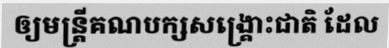
ឲ្យមន្ត្រីគណបក្សសង្គ្រោះជាតិ ដែល